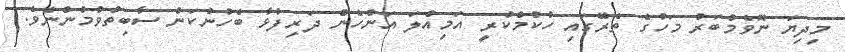
މިދިޔަ ނޮވެމްބަރު މަހުގެ ތެރޭގައި ހުކުމްކުރީ އަމިއްލަ އަންހެން ދަރިފުޅާ ބެހުނުކަން ސާބިތުވުމުންނެވެ.